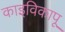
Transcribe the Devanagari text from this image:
काइविकापू